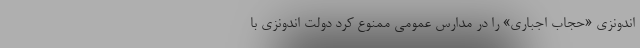
اندونزی «حجاب اجباری» را در مدارس عمومی ممنوع کرد دولت اندونزی با